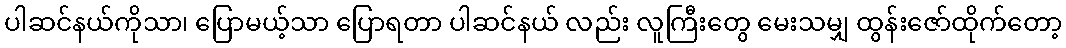
ပါဆင်နယ်ကိုသာ၊ ပြောမယ့်သာ ပြောရတာ ပါဆင်နယ် လည်း လူကြီးတွေ မေးသမျှ ထွန်းဇော်ထိုက်တော့